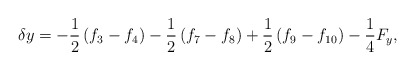
\begin{align*}\delta y = - \frac{1}{2}\left( {{f_3} - {f_4}} \right) - \frac{1}{2}\left( {{f_7} - {f_8}} \right) + \frac{1}{2}\left( {{f_9} - {f_{10}}} \right) - \frac{1}{4}{F_y},\end{align*}